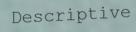
Descriptive